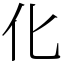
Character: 化